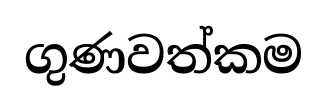
ගුණවත්කම